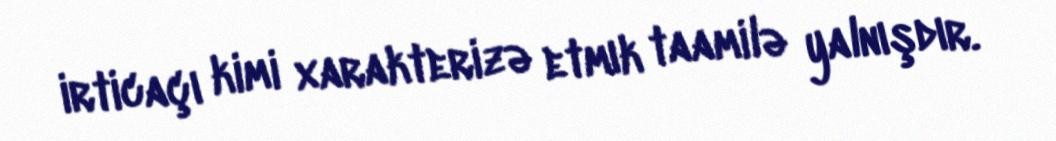
irticaçı kimi xarakterizə etmık taamilə yalnışdır.